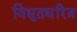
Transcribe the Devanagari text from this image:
विद्युतधरित्र